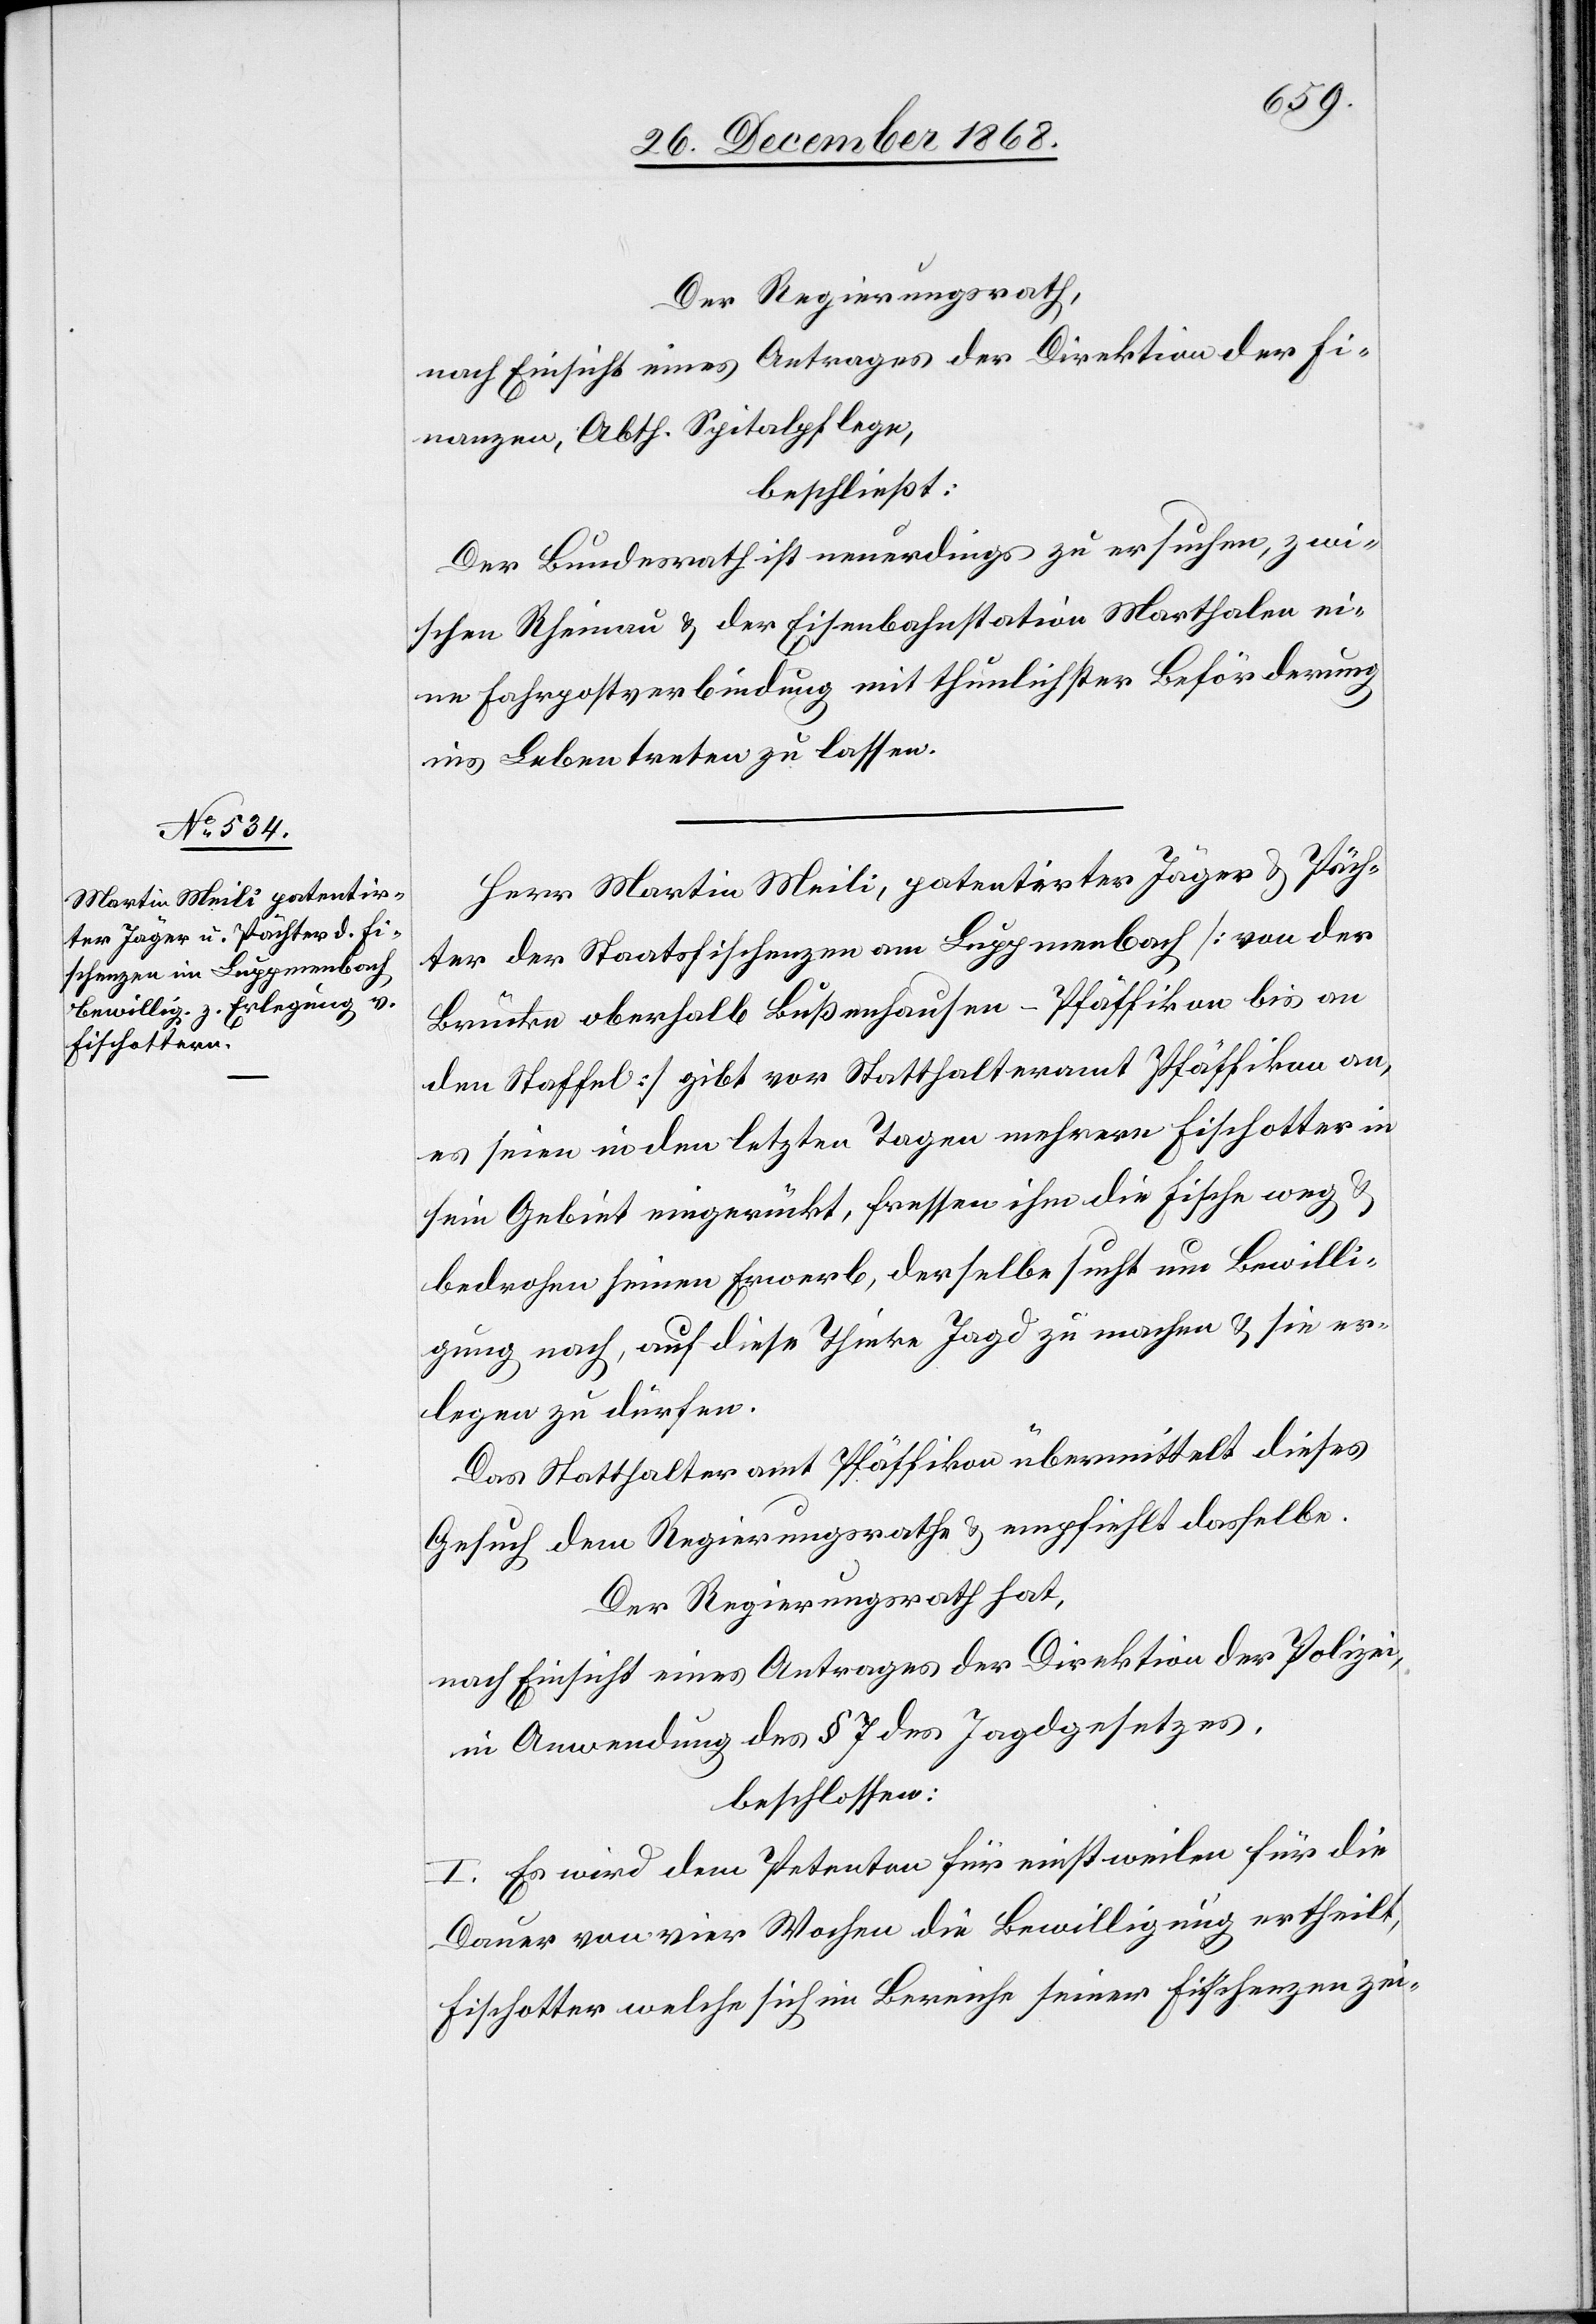
Der Regierungsrath,
nach Einsicht eines Antrages der Direktion der Fi¬
nanzen, Abth. Spitalpflege,
beschließt:
Der Bundesrath ist neuerdings zu ersuchen, zwi¬
schen Rheinau & der Eisenbahnstation Marthalen ei¬
ne Fahrpostverbindung mit thunlichster Beförderung
ins Leben treten zu lassen.
Herr Martin Meili, patentirter Jäger & Päch¬
ter der Staatsfischenzen am Luppmenbach [von der
Brücke oberhalb Bußenhausen - Pfäffikon bis an
den Staffel] gibt vor Statthalteramt Pfäffikon an,
es seien in den letzten Tagen mehrere Fischotter in
sein Gebiet eingerückt, fressen ihm die Fische weg
bedrohen seinen Erwerb, derselbe sucht um Bewilli¬
gung nach, auf diese Thiere Jagd zu machen & sie er¬
legen zu dürfen.
Das Statthalteramt Pfäffikon übermittelt dieses
Gesuch dem Regierungsrathe & empfiehlt dasselbe.
Der Regierungsrath hat,
nach Einsicht eines Antrages der Direktion der Polizei,
in Anwendung des § 7 des Jagdgesetzes,
beschlossen:
I. Es wird dem Petenten für einstweilen für die
Dauer von vier Wochen die Bewilligung ertheilt,
Fischotter welche sich im Bereiche seiner Fischenzen zei-